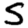
Digit: 5